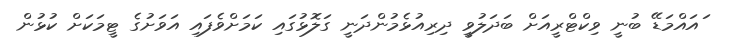
ައައްމަޑޭ ބުނީ ވިކްޓްރީއަށް ބަދަލުވީ ދިރިއުޅެމުންދަނީ ގަލޮޅުގައި ކަމަށްވެފައި އަވަށުގެ ޓީމަކަށް ކުޅުން